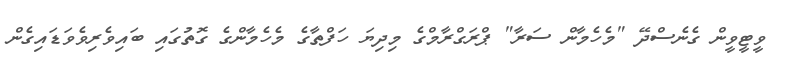
ވީޓީވީން ގެނެސްދޭ "މެހެމާން ސަރާ" ޕްރަގްރާމްގެ މިދިޔަ ހަފްތާގެ މެހެމާންގެ ގޮތުގައި ބައިވެރިވެވަޑައިގެން